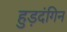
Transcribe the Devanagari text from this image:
हुड़दंगिन